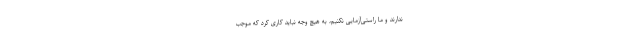
ندارند و ما راستی‌آزمایی نکنیم، به هیچ وجه نباید کاری کرد که موجب